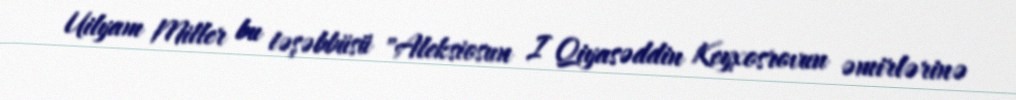
Uilyam Miller bu təşəbbüsü "Aleksiosun I Qiyasəddin Keyxosrovun əmirlərinə